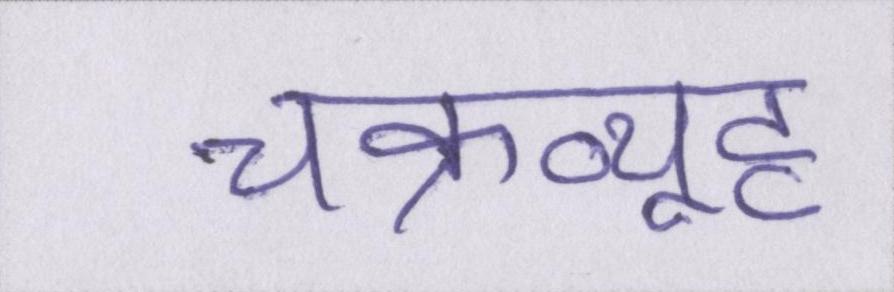
चक्रव्यूह